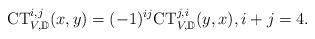
LaTeX: \begin{align*}\mathrm{CT}_{V,\mathbb D}^{i,j}(x,y)=(-1)^{ij}\mathrm{CT}_{V,\mathbb D}^{j,i}(y,x),i+j=4.\end{align*}